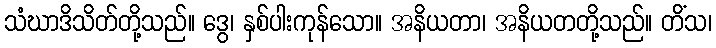
သံဃာဒိသိတ်တို့သည်။ ဒွေ၊ နှစ်ပါးကုန်သော။ အနိယတာ၊ အနိယတတို့သည်။ တိံသ၊